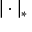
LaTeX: | \cdot | _ { * }